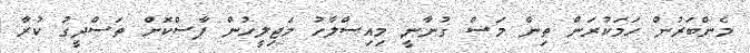
މެންބަރުން ހަމަކުރަން ތިން މަސް ގުނާނީ މިއިސްލާހު މަޖިލީހުން ފާސްކޮށް ތަސްދީގު ކުރާ